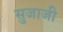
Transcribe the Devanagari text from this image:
सुजाजी